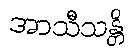
အာသီသန္တိ